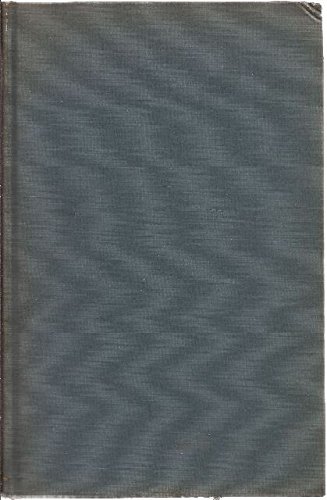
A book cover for Harvey Cushing, a biography, ([Yale university. School of medicine. Yale medical library. Historical library. Publication); John F Fulton; Education & Teaching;